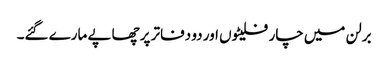
برلن میں چار فلیٹوں اور دو دفاتر پر چھاپے مارے گئے۔